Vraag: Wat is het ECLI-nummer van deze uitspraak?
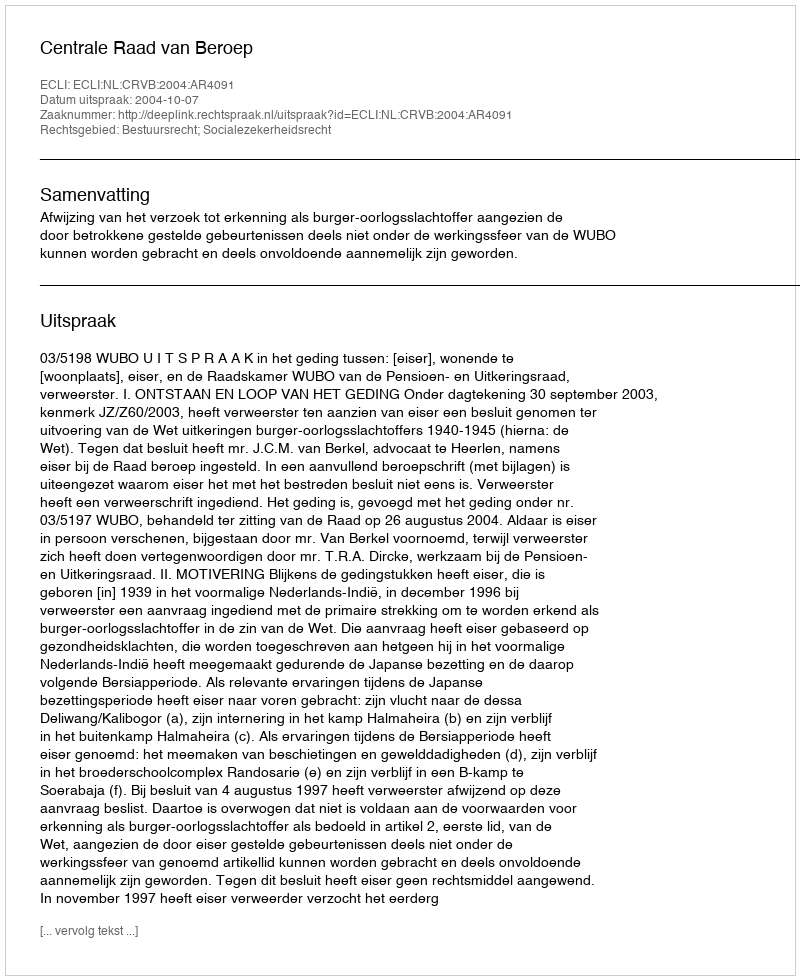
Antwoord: ECLI:NL:CRVB:2004:AR4091